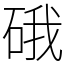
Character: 硪